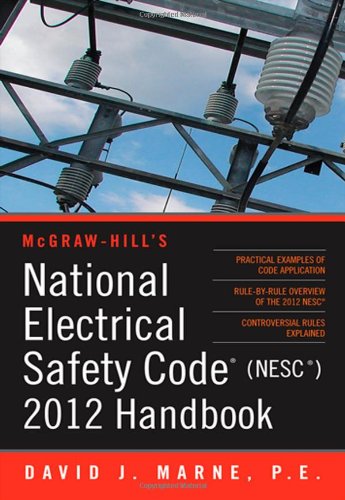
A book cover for National Electrical Safety Code (NESC) 2012 Handbook (Mcgraw Hill's National Electrical Safety Code Handbook); David Marne; Science & Math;